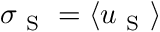
\sigma _ { \mathrm { ~ S ~ } } = \langle u _ { \mathrm { ~ S ~ } } \rangle